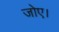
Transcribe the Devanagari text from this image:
जोए।